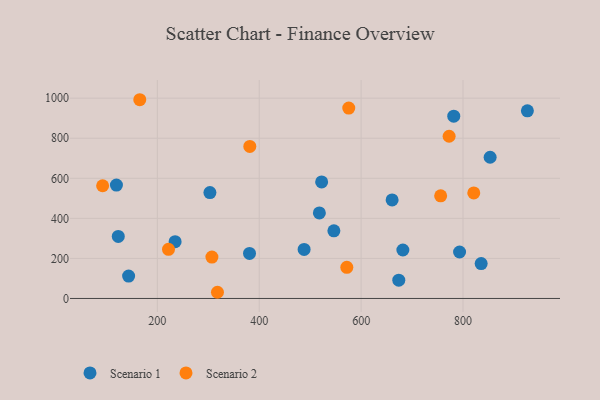
{"axis": {"x": "Price", "y": "Profit"}, "legend": ["Scenario 1", "Scenario 2"], "data": [{"x": "673.9", "y": 91.4, "type": "Scenario 1"}, {"x": "546.5", "y": 337.9, "type": "Scenario 1"}, {"x": "926.3", "y": 936.9, "type": "Scenario 1"}, {"x": "119.7", "y": 566.1, "type": "Scenario 1"}, {"x": "518.0", "y": 426.9, "type": "Scenario 1"}, {"x": "488.1", "y": 245.0, "type": "Scenario 1"}, {"x": "303.2", "y": 528.7, "type": "Scenario 1"}, {"x": "522.5", "y": 582.1, "type": "Scenario 1"}, {"x": "835.6", "y": 174.3, "type": "Scenario 1"}, {"x": "793.2", "y": 231.9, "type": "Scenario 1"}, {"x": "143.6", "y": 111.8, "type": "Scenario 1"}, {"x": "660.8", "y": 491.8, "type": "Scenario 1"}, {"x": "681.9", "y": 242.0, "type": "Scenario 1"}, {"x": "234.9", "y": 283.7, "type": "Scenario 1"}, {"x": "123.3", "y": 309.6, "type": "Scenario 1"}, {"x": "853.2", "y": 705.1, "type": "Scenario 1"}, {"x": "781.8", "y": 910.1, "type": "Scenario 1"}, {"x": "380.9", "y": 224.7, "type": "Scenario 1"}, {"x": "575.7", "y": 950.5, "type": "Scenario 2"}, {"x": "571.9", "y": 155.5, "type": "Scenario 2"}, {"x": "772.7", "y": 810.0, "type": "Scenario 2"}, {"x": "381.5", "y": 759.1, "type": "Scenario 2"}, {"x": "307.1", "y": 206.8, "type": "Scenario 2"}, {"x": "821.1", "y": 527.0, "type": "Scenario 2"}, {"x": "221.9", "y": 245.4, "type": "Scenario 2"}, {"x": "756.1", "y": 512.7, "type": "Scenario 2"}, {"x": "318.0", "y": 30.9, "type": "Scenario 2"}, {"x": "92.6", "y": 562.7, "type": "Scenario 2"}, {"x": "165.5", "y": 992.3, "type": "Scenario 2"}]}